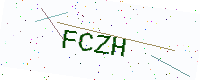
Text: FCZH